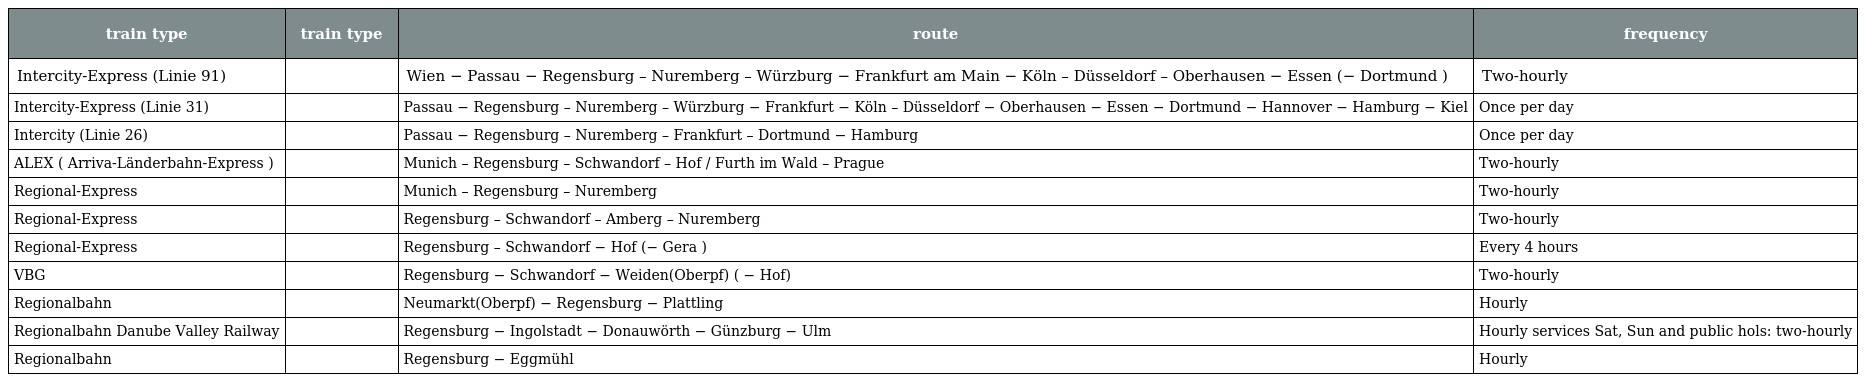
| train type | train type | route | frequency |
 | --- | --- | --- | --- |
 | Intercity-Express (Linie 91) |  | Wien − Passau − Regensburg – Nuremberg – Würzburg − Frankfurt am Main − Köln – Düsseldorf – Oberhausen − Essen (− Dortmund ) | Two-hourly |
 | Intercity-Express (Linie 31) |  | Passau − Regensburg – Nuremberg – Würzburg − Frankfurt − Köln – Düsseldorf − Oberhausen − Essen − Dortmund − Hannover − Hamburg − Kiel | Once per day |
 | Intercity (Linie 26) |  | Passau − Regensburg – Nuremberg – Frankfurt – Dortmund − Hamburg | Once per day |
 | ALEX ( Arriva-Länderbahn-Express ) |  | Munich – Regensburg – Schwandorf – Hof / Furth im Wald – Prague | Two-hourly |
 | Regional-Express |  | Munich – Regensburg – Nuremberg | Two-hourly |
 | Regional-Express |  | Regensburg – Schwandorf – Amberg – Nuremberg | Two-hourly |
 | Regional-Express |  | Regensburg – Schwandorf − Hof (− Gera ) | Every 4 hours |
 | VBG |  | Regensburg − Schwandorf − Weiden(Oberpf) ( − Hof) | Two-hourly |
 | Regionalbahn |  | Neumarkt(Oberpf) − Regensburg − Plattling | Hourly |
 | Regionalbahn Danube Valley Railway |  | Regensburg − Ingolstadt − Donauwörth − Günzburg − Ulm | Hourly services Sat, Sun and public hols: two-hourly |
 | Regionalbahn |  | Regensburg − Eggmühl | Hourly |